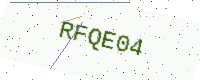
Text: RFQE04